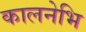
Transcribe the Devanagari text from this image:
कालनेभि